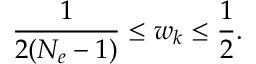
\frac { 1 } { 2 ( N _ { e } - 1 ) } \leq w _ { k } \leq \frac { 1 } { 2 } .